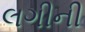
લગીની